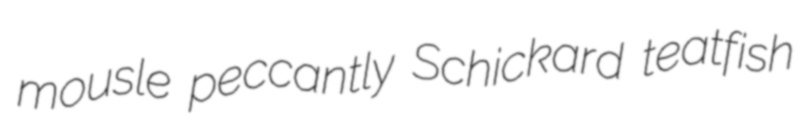
mousle peccantly Schickard teatfish